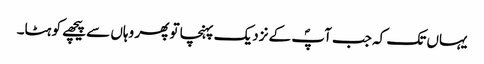
یہاں تک کہ جب آپؐ کے نزدیک پہنچا تو پھر وہاں سے پیچھے کو ہٹا۔